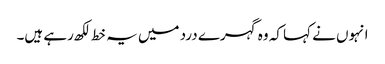
انہوں نے کہا کہ وہ گہرے درد میں یہ خط لکھ رہے ہیں۔